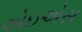
એઇએસ